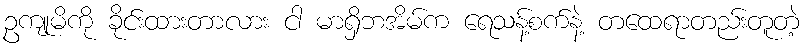
ဥကျုမိကို ခိုင်းထားတာလား ငါ မာရှိဘအိမ်က ရေသန့်စက်နဲ့ တထေရာတည်းတူတဲ့